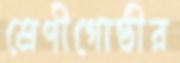
শ্রেণীগোষ্ঠীর